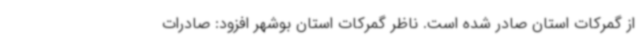
از گمرکات استان صادر شده است. ناظر گمرکات استان بوشهر افزود: صادرات